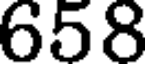
658